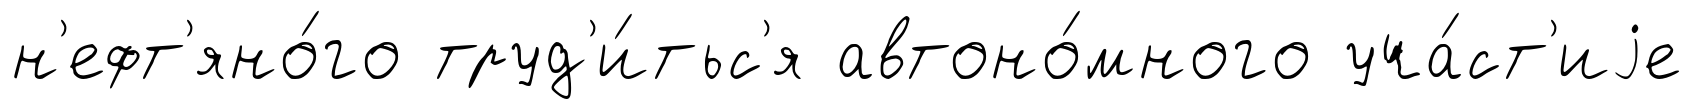
н'ефт'яно́го труд'и́тьс'я автоно́много уча́ст'иjе